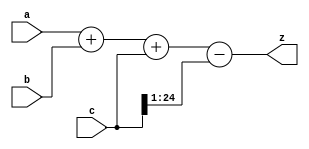
// This program was cloned from: https://github.com/steveicarus/ivtest
// License: GNU General Public License v2.0

 module math(a, b, c, z);
 input signed [19:0] a, b;
 input signed [24:0] c;
 output signed [24:0] z;

 assign z = a + b + c - (c >>> 1);
 endmodule

 module test();
 reg signed [19:0] a, b;
 reg signed [24:0] z, c;

 wire signed [24:0] y;

 wire signed [24:0] w = a + b + c - (c >>> 1);

 math m(a,b,c,y);

 initial begin
 a = -5;
 $display("a = %x %d", a, a);
 b = 0;
 $display("b = %x %d", b, b);
 c = 8;
 $display("c = %x %d", c, c);
 z = a + b + c - (c >>> 1);
    #1 /* delay for things to settle. */;
 $display("z = %x, %d, %b", z, z, z);
 $display("y = %x, %d, %b", y, y, y);
 $display("w = %x, %d, %b", w, w, w);
 $display("%b %b %b %b", $is_signed(a),
 $is_signed(b), $is_signed(c), $is_signed(c >>> 1));
 end
 endmodule